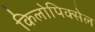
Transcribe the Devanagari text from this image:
किलोपिक्सेल